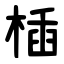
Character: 㮑